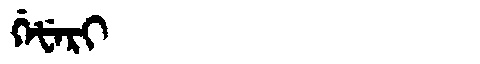
Manchu: ᡤᡝᡶᡝᡵᡳ
Romanization: GEFERI